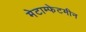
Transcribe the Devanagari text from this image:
मेटाम्फेटमीन